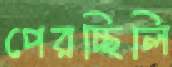
পেরচ্ছিলি